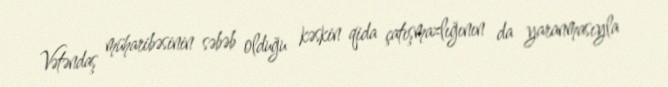
Vətəndaş müharibəsinin səbəb olduğu kəskin qida çatışmazlığının da yaranmasıyla